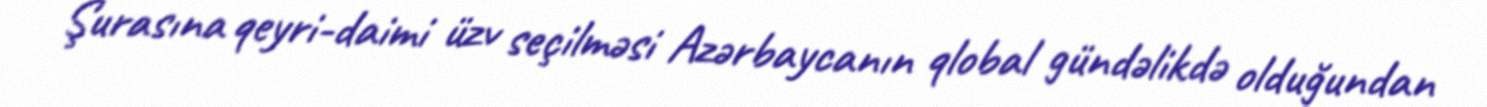
Şurasına qeyri-daimi üzv seçilməsi Azərbaycanın qlobal gündəlikdə olduğundan